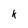
Character: k